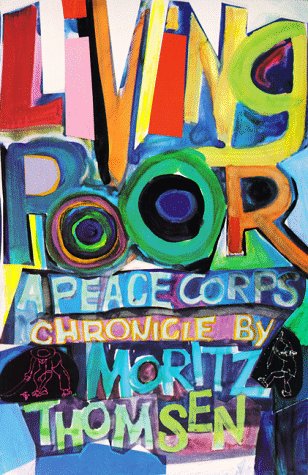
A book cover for Living Poor: A Peace Corps Chronicle; Moritz Thomsen; Travel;